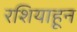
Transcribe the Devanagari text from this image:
रशियाहून